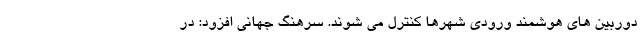
دوربین های هوشمند ورودی شهرها کنترل می شوند. سرهنگ جهانی افزود: در